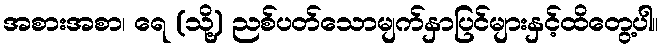
အစားအစာ၊ ရေ (သို့) ညစ်ပတ်သောမျက်နှာပြင်များနှင့်ထိတွေ့ပါ။